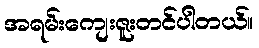
အရမ်းကျေးဇူးတင်ပါတယ်။